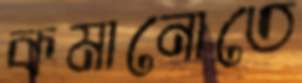
কমানোতে